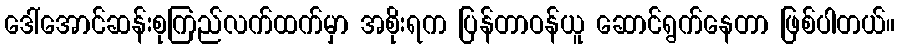
ဒေါ်အောင်ဆန်းစုကြည်လက်ထက်မှာ အစိုးရက ပြန်တာဝန်ယူ ဆောင်ရွက်နေတာ ဖြစ်ပါတယ်။